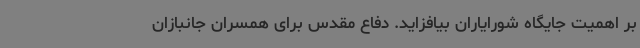
بر اهمیت جایگاه شورایاران بیافزاید. دفاع مقدس برای همسران جانبازان